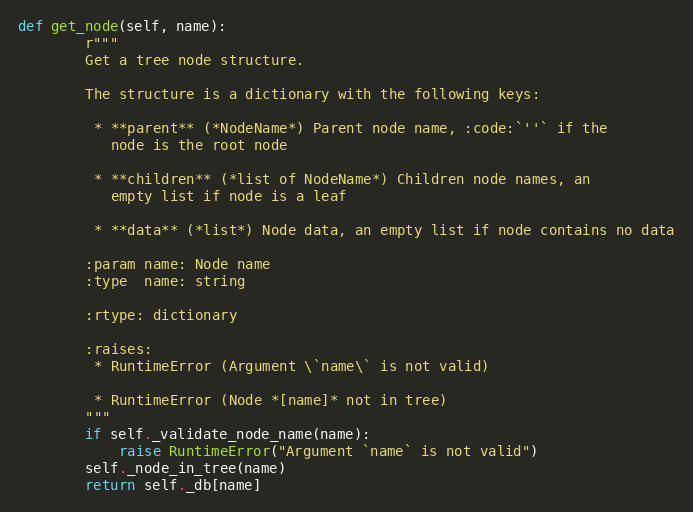
Language: Python
def get_node(self, name):
        r"""
        Get a tree node structure.

        The structure is a dictionary with the following keys:

         * **parent** (*NodeName*) Parent node name, :code:`''` if the
           node is the root node

         * **children** (*list of NodeName*) Children node names, an
           empty list if node is a leaf

         * **data** (*list*) Node data, an empty list if node contains no data

        :param name: Node name
        :type  name: string

        :rtype: dictionary

        :raises:
         * RuntimeError (Argument \`name\` is not valid)

         * RuntimeError (Node *[name]* not in tree)
        """
        if self._validate_node_name(name):
            raise RuntimeError("Argument `name` is not valid")
        self._node_in_tree(name)
        return self._db[name]